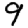
Digit: 9